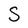
Character: S